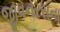
જીવનરસના